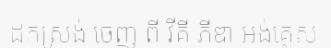
ដកស្រង់ ចេញ ពី វីគី ភីឌា អង់គ្លេស